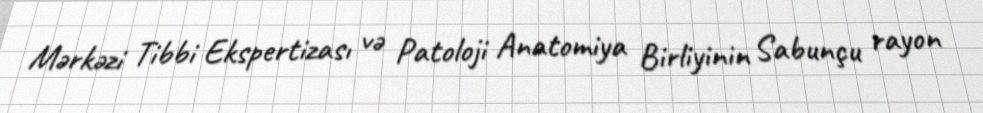
Mərkəzi Tibbi Ekspertizası və Patoloji Anatomiya Birliyinin Sabunçu rayon